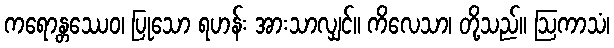
ကရောန္တဿေဝ၊ ပြုသော ရဟန်း အားသာလျှင်။ ကိလေသာ၊ တို့သည်။ ဩကာသံ၊